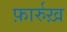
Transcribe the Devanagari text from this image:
फ़ार्रुख़